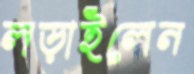
লড়াইলেন